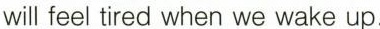
will feel tired when we wake up.